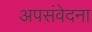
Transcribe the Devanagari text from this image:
अपसंवेदना